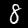
Label: 8